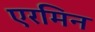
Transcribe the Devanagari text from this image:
एरमिन